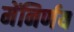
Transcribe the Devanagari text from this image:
मेंनिर्णय